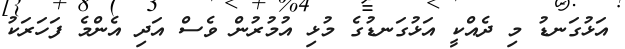
އަޅުގަނޑު މި ދެއްކީ އަޅުގަނޑުގެ މުޅި އުމުރުން ވެސް އަދި އެންމެ ފަހަރަކު